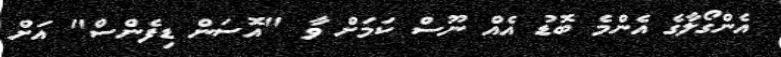
އެންގޯލާގެ އެންމެ ބޮޑު އެއް ނޫސް ކަމަށް ވާ "އޮސަން ޑިފެންސް" އަށް